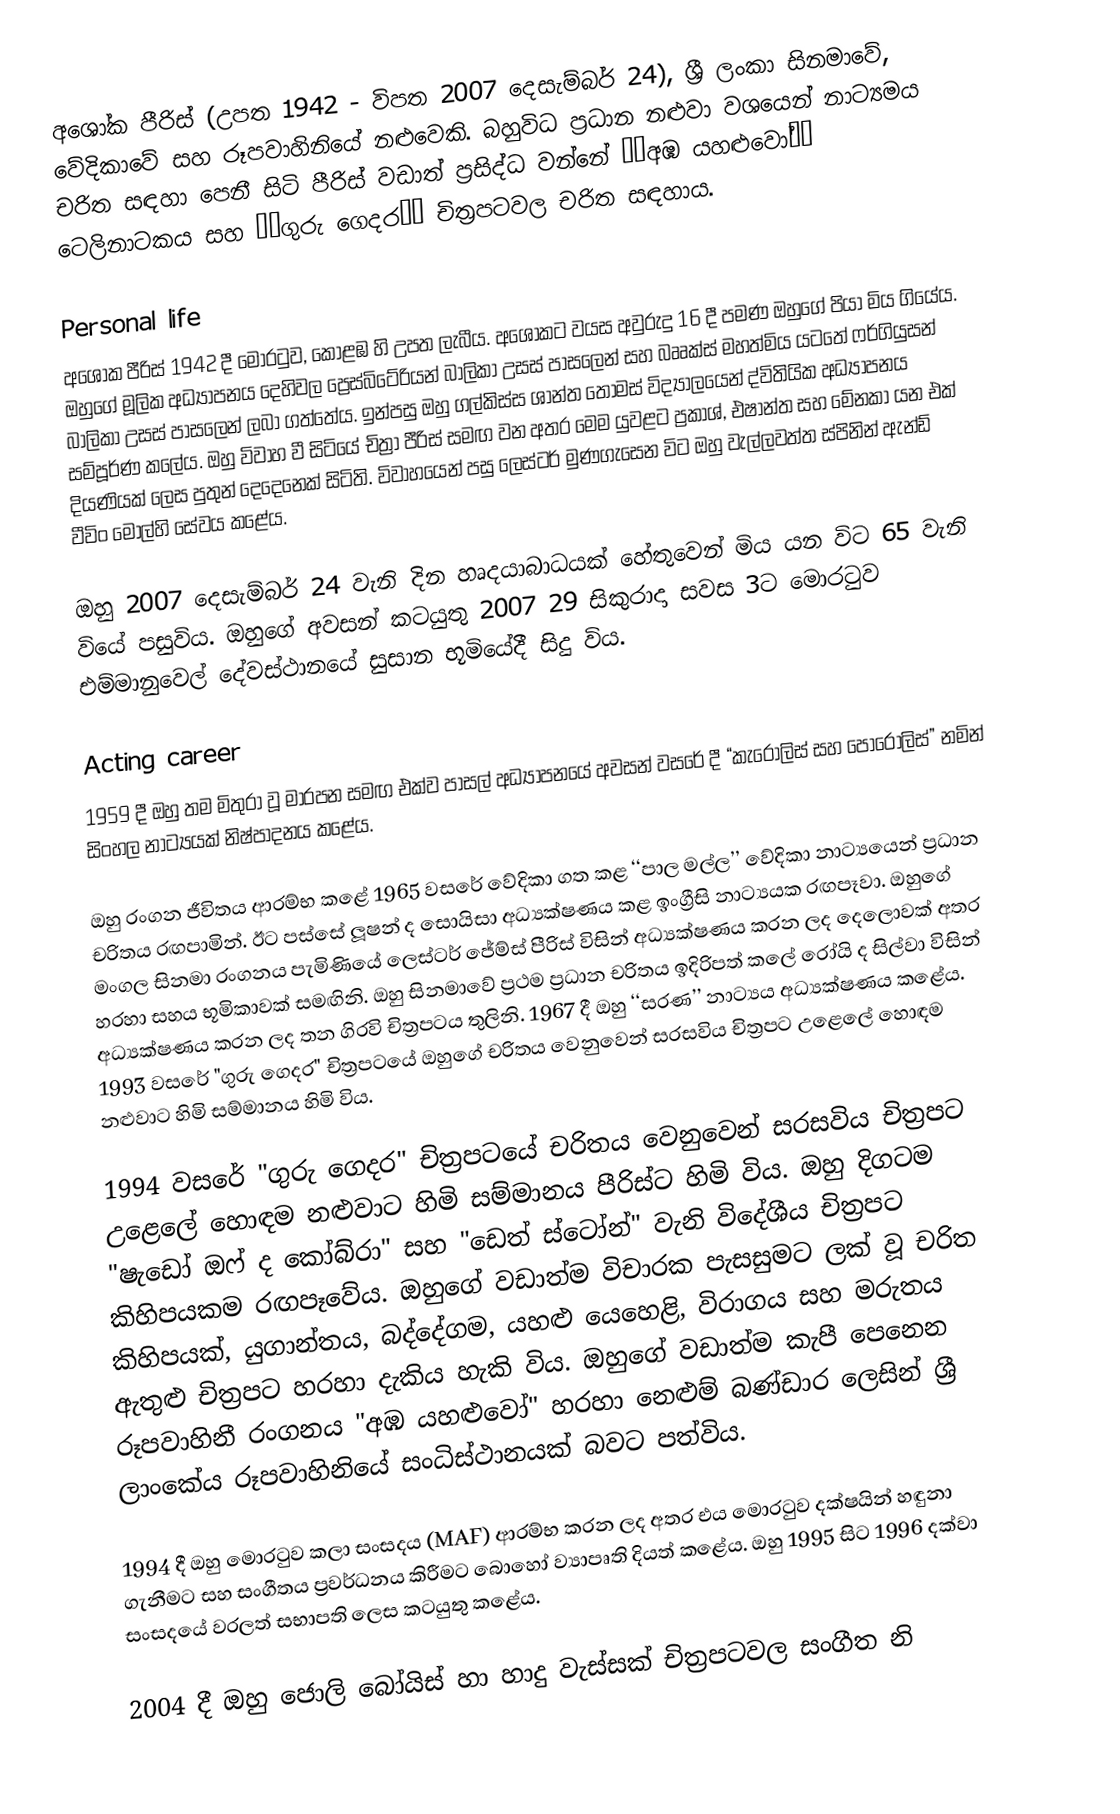
අශෝක පීරිස් (උපත 1942 - විපත 2007 දෙසැම්බර් 24), ශ්‍රී ලංකා සිනමාවේ, වේදිකාවේ සහ රූපවාහිනියේ නළුවෙකි. බහුවිධ ප්‍රධාන නළුවා වශයෙන් නාට්‍යමය චරිත සඳහා පෙනී සිටි පීරිස් වඩාත් ප්‍රසිද්ධ වන්නේ ‘‘අඹ යහළුවෝ’’ ටෙලිනාටකය සහ ‘‘ගුරු ගෙදර’’ චිත්‍රපටවල චරිත සඳහාය.

Personal life
අශෝක පීරිස් 1942 දී මොරටුව, කොළඹ හි උපත ලැබීය. අශෝකට වයස අවුරුදු 16 දී පමණ ඔහුගේ පියා මිය ගියේය. ඔහුගේ මූලික අධ්‍යාපනය දෙහිවල ප්‍රෙස්බිටේරියන් බාලිකා උසස් පාසලෙන් සහ බෲක්ස් මහත්මිය යටතේ ෆර්ගියුසන් බාලිකා උසස් පාසලෙන් ලබා ගත්තේය. ඉන්පසු ඔහු ගල්කිස්ස ශාන්ත තෝමස් විද්‍යාලයෙන් ද්විතියික අධ්‍යාපනය සම්පූර්ණ කලේය. ඔහු විවාහ වී සිටියේ චිත්‍රා පීරිස් සමඟ වන අතර මෙම යුවළට ප්‍රකාශ්, එෂාන්ත සහ මේනකා යන එක් දියණියක් ලෙස පුතුන් දෙදෙනෙක් සිටිති. විවාහයෙන් පසු ලෙස්ටර් මුණගැසෙන විට ඔහු වැල්ලවත්ත ස්පිනින් ඇන්ඩ් වීවිං මෝල්හි සේවය කළේය.

ඔහු 2007 දෙසැම්බර් 24 වැනි දින හෘදයාබාධයක් හේතුවෙන් මිය යන විට 65 වැනි වියේ පසුවිය. ඔහුගේ අවසන් කටයුතු 2007 29 සිකුරාදා සවස 3ට මොරටුව එම්මානුවෙල් දේවස්ථානයේ සුසාන භූමියේදී සිදු විය.

Acting career
1959 දී ඔහු තම මිතුරා වූ මාරපන සමඟ එක්ව පාසල් අධ්‍යාපනයේ අවසන් වසරේ දී “කැරොලිස් සහ පොරෝලිස්” නමින් සිංහල නාට්‍යයක් නිෂ්පාදනය කළේය.

ඔහු රංගන ජීවිතය ආරම්භ කළේ 1965 වසරේ වේදිකා ගත කළ ‘‘පාල මල්ල’’ වේදිකා නාට්‍යයෙන් ප්‍රධාන චරිතය රඟපාමින්. ඊට පස්සේ ලූෂන් ද සොයිසා අධ්‍යක්ෂණය කළ ඉංග්‍රීසි නාට්‍යයක රඟපෑවා. ඔහුගේ මංගල සිනමා රංගනය පැමිණියේ ලෙස්ටර් ජේම්ස් පීරිස් විසින් අධ්‍යක්ෂණය කරන ලද දෙලොවක් අතර හරහා සහය භූමිකාවක් සමඟිනි. ඔහු සිනමාවේ ප්‍රථම ප්‍රධාන චරිතය ඉදිරිපත් කලේ රෝයි ද සිල්වා විසින් අධ්‍යක්ෂණය කරන ලද තන ගිරවි චිත්‍රපටය තුලිනි. 1967 දී ඔහු ‘‘සරණ’’ නාට්‍යය අධ්‍යක්ෂණය කළේය. 1993 වසරේ "ගුරු ගෙදර" චිත්‍රපටයේ ඔහුගේ චරිතය වෙනුවෙන් සරසවිය චිත්‍රපට උළෙලේ හොඳම නළුවාට හිමි සම්මානය හිමි විය.

1994 වසරේ "ගුරු ගෙදර" චිත්‍රපටයේ චරිතය වෙනුවෙන් සරසවිය චිත්‍රපට උළෙලේ හොඳම නළුවාට හිමි සම්මානය පීරිස්ට හිමි විය. ඔහු දිගටම "ෂැඩෝ ඔෆ් ද කෝබ්රා" සහ "ඩෙත් ස්ටෝන්" වැනි විදේශීය චිත්‍රපට කිහිපයකම රඟපෑවේය. ඔහුගේ වඩාත්ම විචාරක පැසසුමට ලක් වූ චරිත කිහිපයක්, යුගාන්තය, බද්දේගම, යහළු යෙහෙළි, විරාගය සහ මරුතය ඇතුළු චිත්‍රපට හරහා දැකිය හැකි විය. ඔහුගේ වඩාත්ම කැපී පෙනෙන රූපවාහිනී රංගනය "අඹ යහළුවෝ" හරහා නෙළුම් බණ්ඩාර ලෙසින් ශ්‍රී ලාංකේය රූපවාහිනියේ සංධිස්ථානයක් බවට පත්විය.

1994 දී ඔහු මොරටුව කලා සංසදය (MAF) ආරම්භ කරන ලද අතර එය මොරටුව දක්ෂයින් හඳුනා ගැනීමට සහ සංගීතය ප්‍රවර්ධනය කිරීමට බොහෝ ව්‍යාපෘති දියත් කළේය. ඔහු 1995 සිට 1996 දක්වා සංසදයේ වරලත් සභාපති ලෙස කටයුතු කළේය.

2004 දී ඔහු ජොලි බෝයිස් හා හාදු වැස්සක් චිත්‍රපටවල සංගීත නි